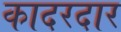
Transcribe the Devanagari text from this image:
कादरदार